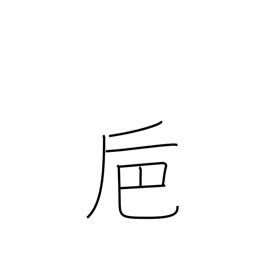
Meaning: large winecup